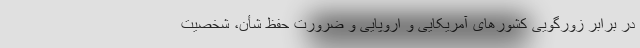
در برابر زورگویی کشورهای آمریکایی و اروپایی و ضرورت حفظ شأن، شخصیت